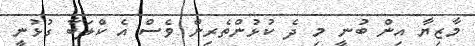
މާޒިޔާ އިން ބުނީ މި ދެ ކުޅުންތެރިން ވެސް އެ ކްލަބާ ގުޅުނީ